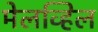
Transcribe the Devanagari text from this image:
मेलव्हिल